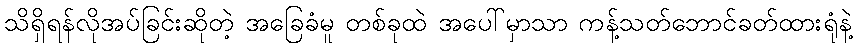
သိရှိရန်လိုအပ်ခြင်းဆိုတဲ့ အခြေခံမူ တစ်ခုထဲ အပေါ်မှာသာ ကန့်သတ်ဘောင်ခတ်ထားရုံနဲ့